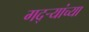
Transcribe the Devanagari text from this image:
गद्र्‍यांच्या